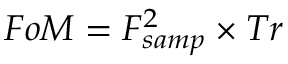
F o M = F _ { s a m p } ^ { 2 } \times T r